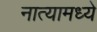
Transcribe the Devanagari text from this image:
नात्यामध्ये